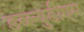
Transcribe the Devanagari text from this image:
डब्ल्युडीएम